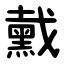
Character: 䵧